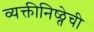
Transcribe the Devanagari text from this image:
व्यक्तीनिष्ठ्तेची